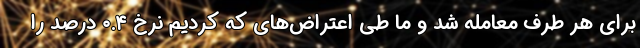
برای هر طرف معامله شد و ما طی اعتراض‌های که کردیم نرخ ۰.۴ درصد را